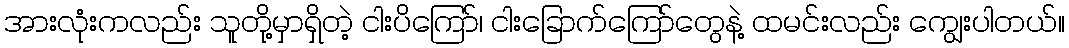
အားလုံးကလည်း သူတို့မှာရှိတဲ့ ငါးပိကြော်၊ ငါးခြောက်ကြော်တွေနဲ့ ထမင်းလည်း ကျွေးပါတယ်။